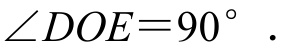
\(\angle DOE = 90^{\circ}.\)